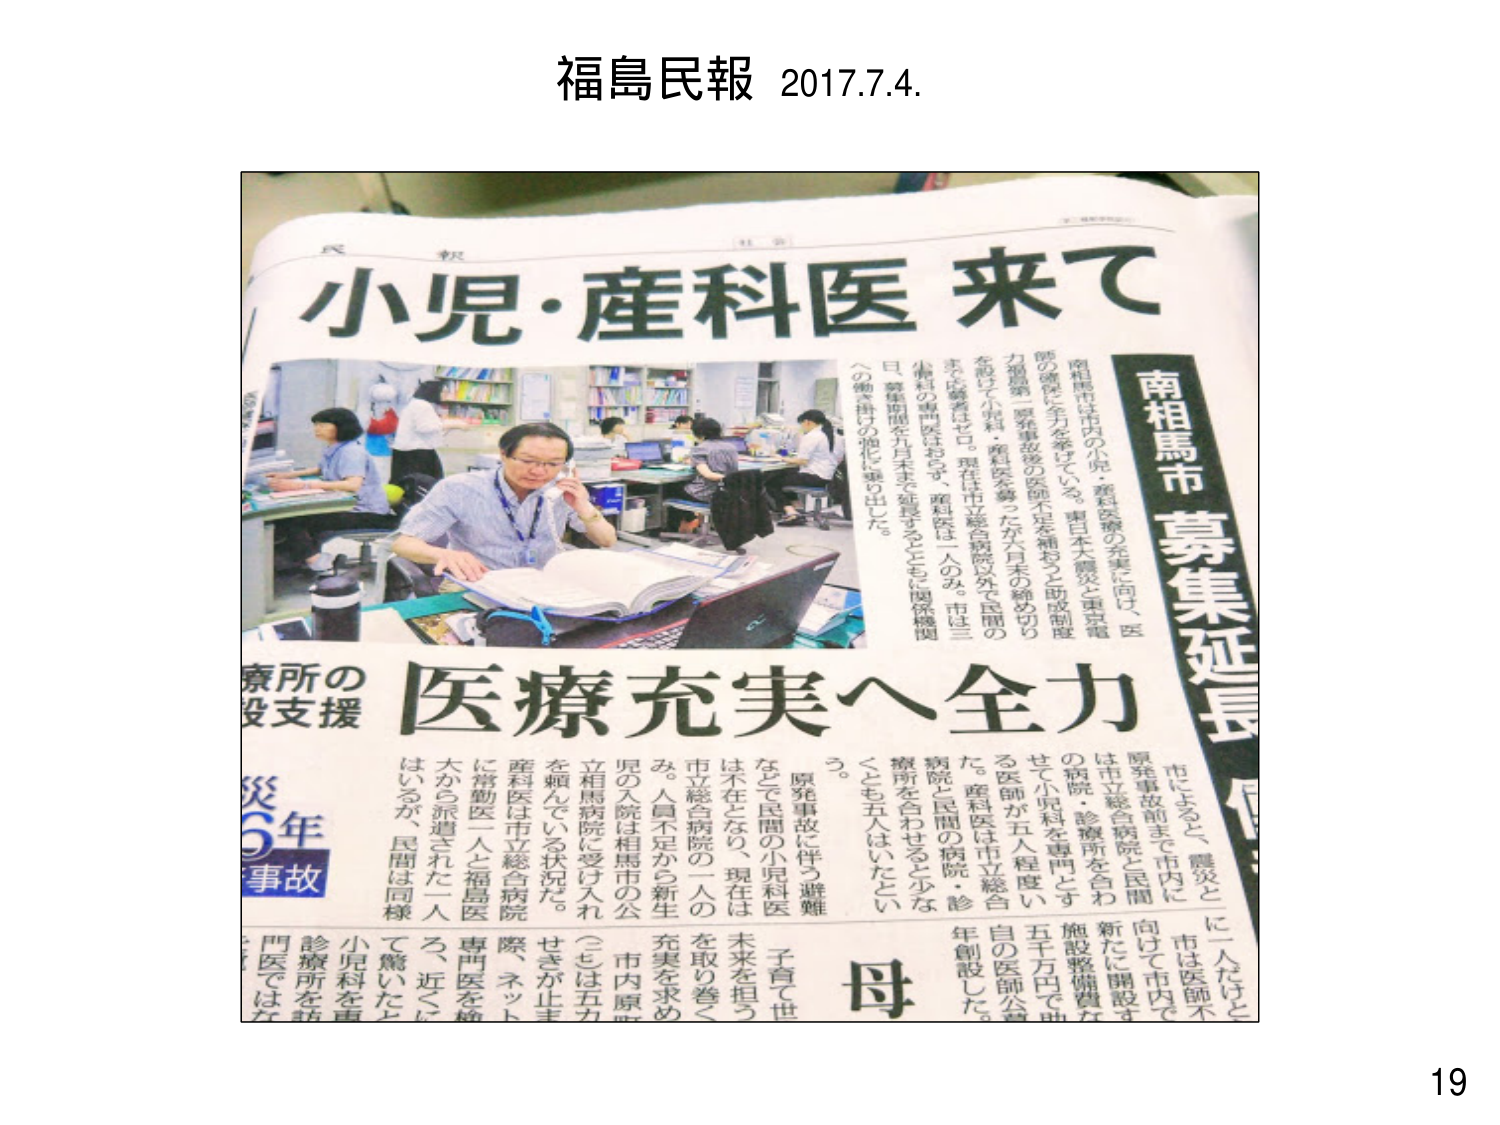
福島民報 2017.7.4.

小児・産科医 来て

南相馬市 募集延長

南相馬市は市内の小児・産科医療の充実に向け、医師の確保に全力を挙げている。東日本大震災と東電福島第一原発事故後の医師不足を補おうと助成制度を設けて小児科・産科医を募ったが六月末の締め切りまで応募者はゼロ。現在は市立総合病院以外で民間の小児科の専門医はおらず、産科医は一人のみ。市は三月、募集期間を九月末まで延長するとともに関係機関への働き掛けの強化に乗り出した。

医療充実へ全力

市によると、震災と原発事故前まで市内には市立総合病院と民間の病院・診療所を合わせて小児科を専門とする医師が五人程度いた。産科医は市立総合病院と民間の病院・診療所を合わせると少ななくとも五人はいたという。

原発事故に伴う避難などで民間の小児科医は不在となり、現在は市立総合病院の一人のみ。人員不足から新生児の入院は相馬市の公立相馬病院に受け入れを頼んでいる状況だ。

産科医は市立総合病院に常勤医一人と福島医大から派遣された一人はいるが、民間は同様に一人だけと、市は医師不足を解消に向けて市内で新たに開設する施設整備費五千万元で独自の医師公募を創設した。

母

子育て世

未来を担う

を取り巻く

充実を求め

市内原

（三七は五力

せきが止ま

際、ネット

専門医を検

ろ、近くに

て驚いたと

小児科を専

診療所を訪

門医では

災5年

事故

療所の

支援

19